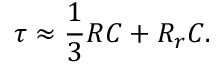
\tau \approx \frac { 1 } { 3 } R C + R _ { r } C .